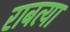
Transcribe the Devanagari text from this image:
राबत्या